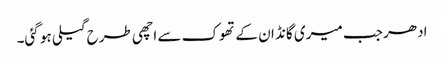
ادھر جب میری گانڈ ان کے تھوک سے اچھی طرح گیلی ہو گئی۔